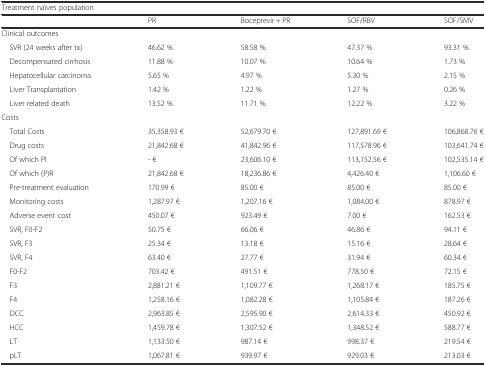
<table><thead><tr><td colspan="5"><b>Treatment naïves population</b></td></tr><tr><td></td><td><b>PR</b></td><td><b>Boceprevir + PR</b></td><td><b>SOF/RBV</b></td><td><b>SOF/SMV</b></td></tr></thead><tbody><tr><td colspan="5">Clinical outcomes</td></tr><tr><td> SVR (24 weeks after tx)</td><td>46.62 %</td><td>58.58 %</td><td>47.37 %</td><td>93.31 %</td></tr><tr><td> Decompensated cirrhosis</td><td>11.88 %</td><td>10.07 %</td><td>10.64 %</td><td>1.73 %</td></tr><tr><td> Hepatocellular carcinoma</td><td>5.65 %</td><td>4.97 %</td><td>5.30 %</td><td>2.15 %</td></tr><tr><td> Liver Transplantation</td><td>1.42 %</td><td>1.22 %</td><td>1.27 %</td><td>0.26 %</td></tr><tr><td> Liver related death</td><td>13.52 %</td><td>11.71 %</td><td>12.22 %</td><td>3.22 %</td></tr><tr><td colspan="5">Costs</td></tr><tr><td> Total Costs</td><td>35,358.93 €</td><td>52,679.70 €</td><td>127,891.69 €</td><td>106,868.76 €</td></tr><tr><td> Drug costs</td><td>21,842.68 €</td><td>41,842.96 €</td><td>117,578.96 €</td><td>103,641.74 €</td></tr><tr><td> Of which PI</td><td>- €</td><td>23,606.10 €</td><td>113,152.56 €</td><td>102,535.14 €</td></tr><tr><td> Of which (P)R</td><td>21,842.68 €</td><td>18,236.86 €</td><td>4,426.40 €</td><td>1,106.60 €</td></tr><tr><td> Pre-treatment evaluation</td><td>170.99 €</td><td>85.00 €</td><td>85.00 €</td><td>85.00 €</td></tr><tr><td> Monitoring costs</td><td>1,287.97 €</td><td>1,207.16 €</td><td>1,084.00 €</td><td>878.97 €</td></tr><tr><td> Adverse event cost</td><td>450.07 €</td><td>923.49 €</td><td>7.00 €</td><td>162.53 €</td></tr><tr><td> SVR, F0-F2</td><td>50.75 €</td><td>66.06 €</td><td>46.86 €</td><td>94.11 €</td></tr><tr><td> SVR, F3</td><td>25.34 €</td><td>13.18 €</td><td>15.16 €</td><td>28.64 €</td></tr><tr><td> SVR, F4</td><td>63.40 €</td><td>27.77 €</td><td>31.94 €</td><td>60.34 €</td></tr><tr><td> F0-F2</td><td>703.42 €</td><td>491.51 €</td><td>778.50 €</td><td>72.15 €</td></tr><tr><td> F3</td><td>2,881.21 €</td><td>1,109.77 €</td><td>1,268.17 €</td><td>185.75 €</td></tr><tr><td> F4</td><td>1,258.16 €</td><td>1,082.28 €</td><td>1,105.84 €</td><td>187.26 €</td></tr><tr><td> DCC</td><td>2,963.85 €</td><td>2,595.90 €</td><td>2,614.33 €</td><td>450.92 €</td></tr><tr><td> HCC</td><td>1,459.78 €</td><td>1,307.52 €</td><td>1,348.52 €</td><td>588.77 €</td></tr><tr><td> LT</td><td>1,133.50 €</td><td>987.14 €</td><td>998.37 €</td><td>219.54 €</td></tr><tr><td> pLT</td><td>1,067.81 €</td><td>939.97 €</td><td>929.03 €</td><td>213.03 €</td></tr></tbody></table>